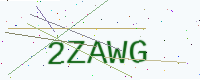
Text: 2ZAWG